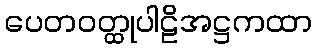
ပေတဝတ္ထုပါဠိအဋ္ဌကထာ